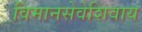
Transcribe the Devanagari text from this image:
विमानसेवेशिवाय